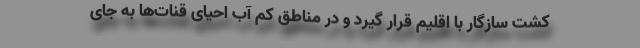
کشت سازگار با اقلیم قرار گیرد و در مناطق کم آب احیای قنات‌ها به جای